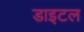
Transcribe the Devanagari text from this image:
डाइटल